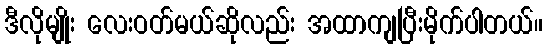
ဒီလိုမျိုး လေးဝတ်မယ်ဆိုလည်း အထာကျပြီးမိုက်ပါတယ်။